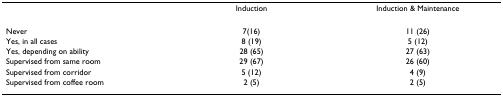
<table><thead><tr><td></td><td><b>Induction</b></td><td><b>Induction &amp; Maintenance</b></td></tr></thead><tbody><tr><td>Never</td><td>7(16)</td><td>11 (26)</td></tr><tr><td>Yes, in all cases</td><td>8 (19)</td><td>5 (12)</td></tr><tr><td>Yes, depending on ability</td><td>28 (65)</td><td>27 (63)</td></tr><tr><td>Supervised from same room</td><td>29 (67)</td><td>26 (60)</td></tr><tr><td>Supervised from corridor</td><td>5 (12)</td><td>4 (9)</td></tr><tr><td>Supervised from coffee room</td><td>2 (5)</td><td>2 (5)</td></tr></tbody></table>